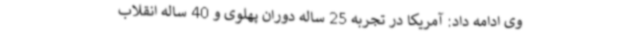
وی ادامه داد: آمریکا در تجربه 25 ساله دوران پهلوی و 40 ساله انقلاب